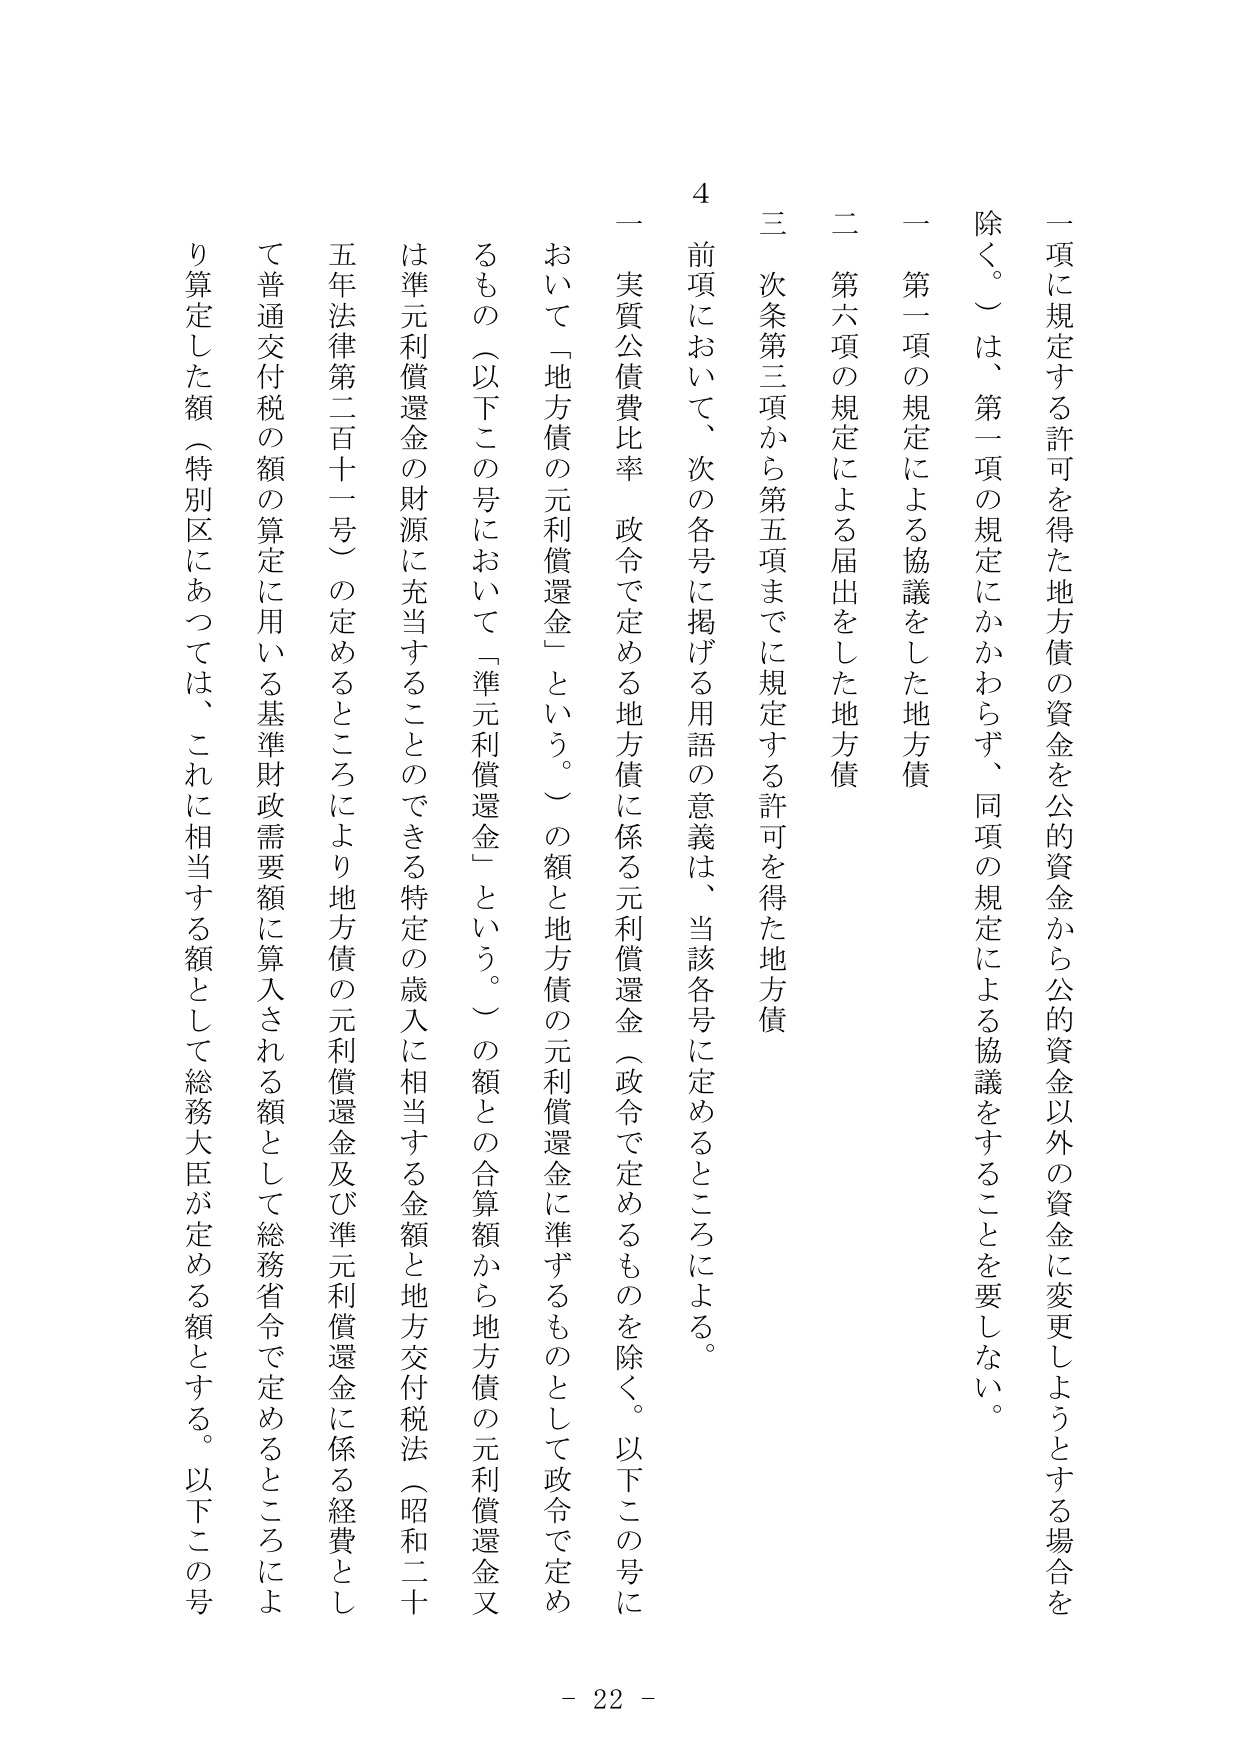
一項に規定する許可を得た地方債の資金を公的資金から公的資金以外の資金に変更しようとする場合を除く。）は、第一項の規定にかかわらず、同項の規定による協議をすることを要しない。

一 第一項の規定による協議をした地方債

二 第六項の規定による届出をした地方債

三 次条第三項から第五項までに規定する許可を得た地方債

4 前項において、次の各号に掲げる用語の意義は、当該各号に定めるところによる。

一 実質公債費比率 政令で定める地方債に係る元利償還金（政令で定めるものを除く。以下この号において「地方債の元利償還金」という。）の額と地方債の元利償還金に準ずるものとして政令で定めるもの（以下この号において「準元利償還金」という。）の額との合算額から地方債の元利償還金又は準元利償還金の財源に充当することのできる特定の歳入に相当する金額と地方交付税法（昭和二十五年法律第二百十一号）の定めるところにより地方債の元利償還金及び準元利償還金に係る経費として普通交付税の額の算定に用いる基準財政需要額に算入される額として総務省令で定めるところにより算定した額（特別区にあっては、これに相当する額として総務大臣が定める額とする。以下この号

- 22 -